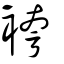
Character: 袴